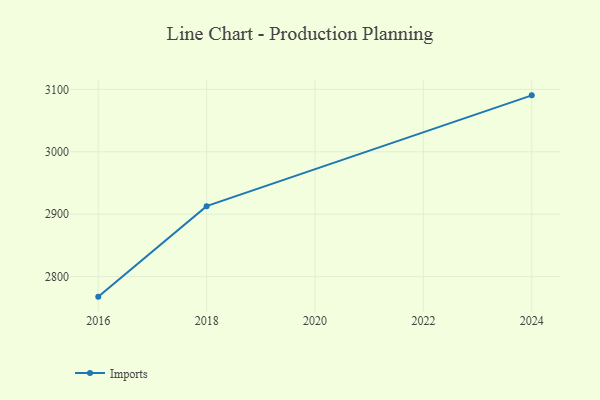
{"axis": {"x": "Year", "y": "Operating Costs (USD K)"}, "legend": ["Imports"], "data": [{"x": "2016", "y": 2767.9, "type": "Imports"}, {"x": "2018", "y": 2912.9, "type": "Imports"}, {"x": "2024", "y": 3090.4, "type": "Imports"}]}